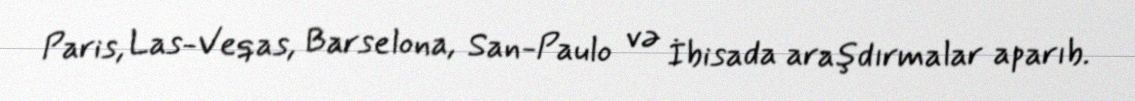
Paris, Las-Veqas, Barselona, San-Paulo və İbisada araşdırmalar aparıb.